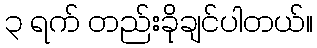
၃ ရက် တည်းခိုချင်ပါတယ်။